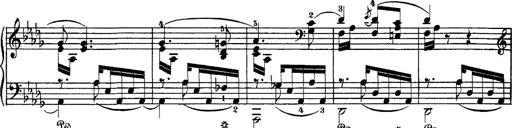
Title: Hungarian Rhapsody No.1
Composer: Franz Liszt
Key: C-sharp minor